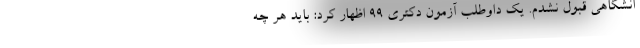
انشگاهی قبول نشدم. یک داوطلب آزمون دکتری ۹۹ اظهار کرد: باید هر چه